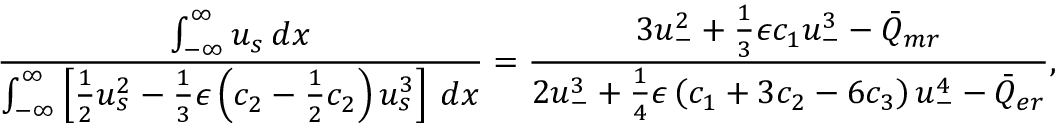
\frac { \int _ { - \infty } ^ { \infty } u _ { s } \: d x } { \int _ { - \infty } ^ { \infty } \left[ \frac { 1 } { 2 } u _ { s } ^ { 2 } - \frac { 1 } { 3 } \epsilon \left( c _ { 2 } - \frac { 1 } { 2 } c _ { 2 } \right) u _ { s } ^ { 3 } \right] \: d x } = \frac { 3 u _ { - } ^ { 2 } + \frac { 1 } { 3 } \epsilon c _ { 1 } u _ { - } ^ { 3 } - \bar { Q } _ { m r } } { 2 u _ { - } ^ { 3 } + \frac { 1 } { 4 } \epsilon \left( c _ { 1 } + 3 c _ { 2 } - 6 c _ { 3 } \right) u _ { - } ^ { 4 } - \bar { Q } _ { e r } } ,